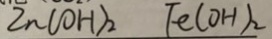
Z n ( O H ) _ { 2 } F e ( O H ) _ { 2 }